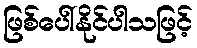
ဖြစ်ပေါ်နိုင်ပါသဖြင့်